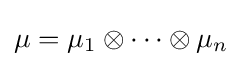
\mu =\mu _{1}\otimes \cdots \otimes \mu _{n}